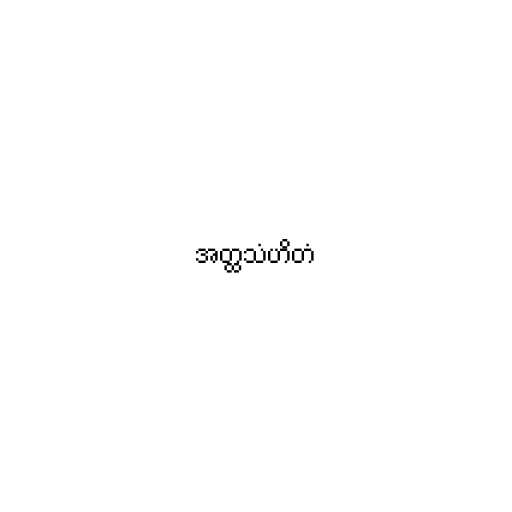
အတ္ထသံဟိတံ